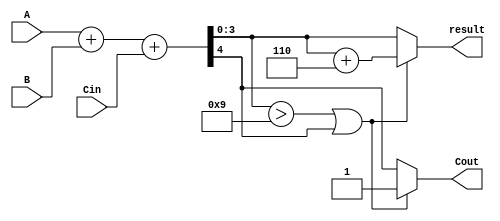
module BCD_Hybrid_Adder (
    input [3:0] A,         // BCD digit A
    input [3:0] B,         // BCD digit B
    input Cin,             // Carry input
    output reg [3:0] result,  // BCD result
    output reg Cout          // Carry output
);

    wire [4:0] sum;        // 5-bit sum for adding A, B, and Cin
    wire correction;        // Correction flag

    // Binary addition of A, B, and Cin
    assign sum = A + B + Cin;

    // Determine if correction is needed
    assign correction = (sum[3:0] > 9) || sum[4]; // Check if sum exceeds 9 or if there's a carry out

    always @(*) begin
        if (correction) begin
            // Apply correction by adding 6 (0110)
            result = sum[3:0] + 4'b0110;
            Cout = 1;  // Set carry out when correction is applied
        end else begin
            result = sum[3:0];
            Cout = sum[4]; // Use the carry out from the addition
        end
    end

endmodule